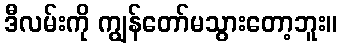
ဒီလမ်းကို ကျွန်တော်မသွားတော့ဘူး။